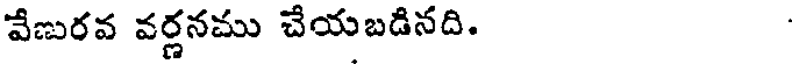
వేణురవ వర్ణనము చేయబడినది.